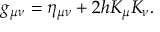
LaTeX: g _ { \mu \nu } = \eta _ { \mu \nu } + 2 h K _ { \mu } K _ { \nu } .